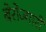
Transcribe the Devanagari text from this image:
बेरोज्गारी